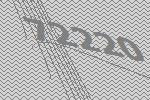
72220